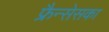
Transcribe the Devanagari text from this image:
फ्रैन्सेसका